Indian journal of veterinary science and animal husbandry - Volume 4,
Year: 1934
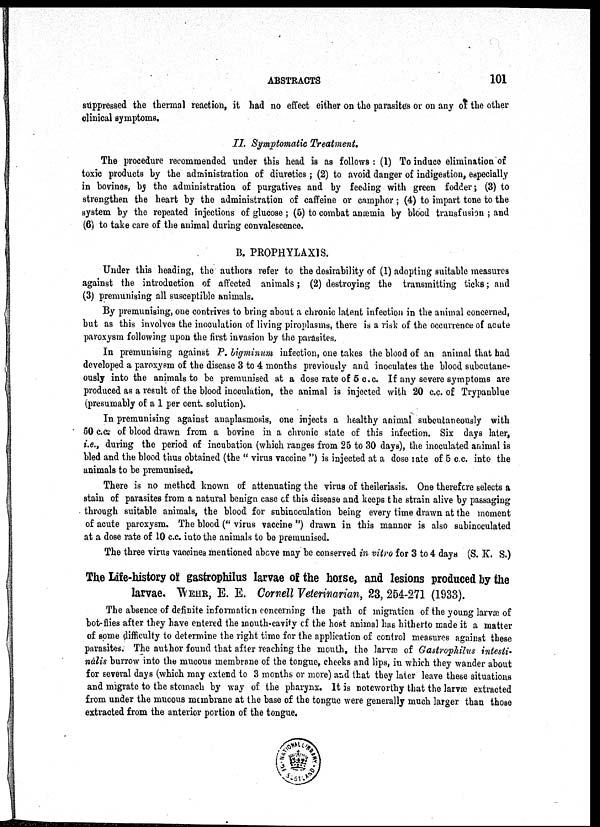
ABSTRACTS
101
suppressed the thermal reaction, it had no effect either on the parasites or on any of the other
clinical symptoms.
II. Symptomatic Treatment.
The procedure recommended under this head is as follows : (1) To induce elimination of
toxic products by the administration of diuretics; (2) to avoid danger of indigestion, especially
in bovines, by the administration of purgatives and by feeding with green fodder; (3) to
strengthen the heart by the administration of caffeine or camphor ; (4) to impart tone to the
system by the repeated injections of glucose ; (5) to combat anæmia by blood transfusion ; and
(6) to take care of the animal during convalescence.
B. PROPHYLAXIS.
Under this heading, the authors refer to the desirability of (1) adopting suitable measures
against the introduction of affected animals; (2) destroying the transmitting ticks; and
(3) premunising all susceptible animals.
By premunising, one contrives to bring about a chronic latent infection in the animal concerned,
but as this involves the inoculation of living piroplasms, there is a risk of the occurrence of acute
paroxysm following upon the first invasion by the parasites.
In premunising against P. bigminum infection, one takes the blood of an animal that had
developed a paroxysm of the disease 3 to 4 months previously and inoculates the blood subcutane¬
ously into the animals to be premunised at a dose rate of 5 c. c. If any severe symptoms are
produced as a result of the blood inoculation, the animal is injected with 20 c.c. of Trypanblue
(presumably of a 1 per cent. solution).
In premunising against anaplasmosis, one injects a healthy animal subcutaneously with
50 c.c. of blood drawn from a bovine in a chronic state of this infection. Six days later,
i.e., during the period of incubation (which ranges from 25 to 30 days), the inoculated animal is
bled and the blood thus obtained (the " virus vaccine ") is injected at a dose rate of 5 c.c. into the
animals to be premunised.
There is no method known of attenuating the virus of theileriasis. One therefore selects a
stain of parasites from a natural benign case of this disease and keeps the strain alive by passaging
through suitable animals, the blood for subinoculation being every time drawn at the moment
of acute paroxysm. The blood (" virus vaccine ") drawn in this manner is also subinoculated
at a dose rate of 10 c.c. into the animals to be premunised.
The three virus vaccines mentioned above may be conserved in vitro for 3 to 4 days (S. K. S.)
The Life-history of gastrophilus larvae of the horse, and lesions produced by the
larvae. WEHR, E. E. Cornell Veterinarian, 23, 254-271 (1933).
The absence of definite information concerning the path of migration of the young larvæ of
bot-flies after they have entered the mouth-cavity of the host animal has hitherto made it a matter
of some difficulty to determine the right time for the application of control measures against these
parasites. The author found that after reaching the mouth, the larvæ of Gastrophilus intesti¬
nàlis burrow into the mucous membrane of the tongue, cheeks and lips, in which they wander about
for several days (which may extend to 3 months or more) and that they later leave these situations
and migrate to the stomach by way of the pharynx. It is noteworthy that the larvæ extracted
from under the mucous membrane at the base of the tongue were generally much larger than those
extracted from the anterior portion of the tongue.